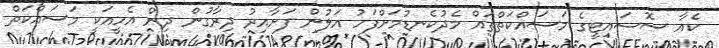
ކެއާ ސޮސައިޓީގެ މަސައްކަތްތައް މެދުކެނޑުމަށްފަހު އަލުން ފަށާއިރު ދިރާގުން ދިން އެހީއަކީ މަސައްކަތް